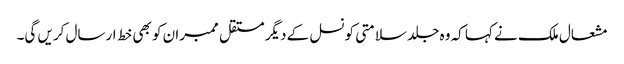
مشعال ملک نے کہا کہ وہ جلد سلامتی کونسل کے دیگر مستقل ممبران کو بھی خط ارسال کریں گی۔